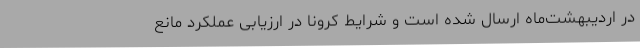
در اردیبهشت‌ماه ارسال شده است و شرایط کرونا در ارزیابی عملکرد مانع